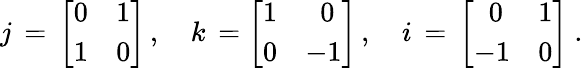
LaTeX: j\, =\, {\left[\begin{array}{ll}{0}&{1}\\ {1}&{0}\end{array}\right]}\, ,\quad k\, ={\left[\begin{array}{ll}{1}&{\; ~0}\\ {0}&{-1}\end{array}\right]}\, ,\quad i\, =\, {\left[\begin{array}{ll}{\; ~0}&{1}\\ {-1}&{0}\end{array}\right]}~.